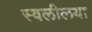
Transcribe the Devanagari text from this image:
स्वलीलया